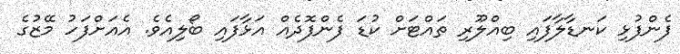
ފެންފުޅި ކަނޑާލާފައި ބިއްލޫރި ތައްްޓަށް ކުޑަ ފެންފޮދެއް އަޅާފައި ބޯލިއެވެ. އެއަށްފަހު މޭޒުގެ